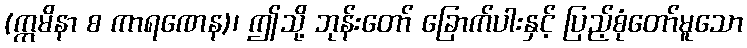
(ဣမိနာ စ ကာရဏေန)၊ ဤသို့ ဘုန်းတော် ခြောက်ပါးနှင့် ပြည့်စုံတော်မူသော